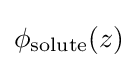
\phi _{\text{solute}}(z)